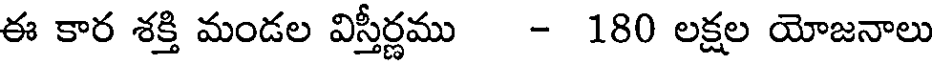
ఈ కార శక్తి మండల విస్తీర్ణము - 180 లక్షల యోజనాలు